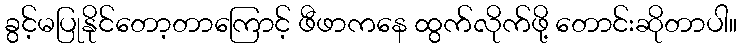
ခွင့်မပြုနိုင်တော့တာကြောင့် ဖီဖာကနေ ထွက်လိုက်ဖို့ တောင်းဆိုတာပါ။